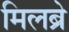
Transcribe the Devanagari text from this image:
मिलब्रे